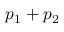
p _ { 1 } + p _ { 2 }